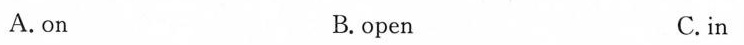
A. on B. open C. in